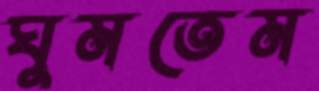
ঘুমতেম